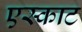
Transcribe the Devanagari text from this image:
एस्काट